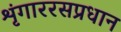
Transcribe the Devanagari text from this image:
शृंगाररसप्रधान